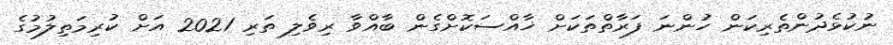
ނުކުޅެދުންތެރިކަން ހުންނަ ފަރާތްތަކަށް ޚާއްސަކޮށްގެން ބާއްވާ ރިވެލި ތަރި 2021 އަށް ކުރިމަތިލުމުގެ